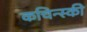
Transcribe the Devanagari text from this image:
कचिन्स्की